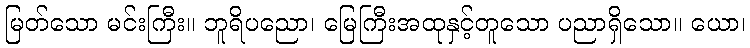
မြတ်သော မင်းကြီး။ ဘူရိပညော၊ မြေကြီးအထုနှင့်တူသော ပညာရှိသော။ ယော၊